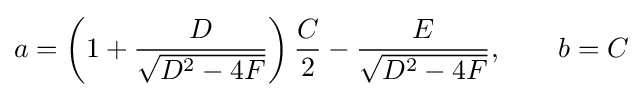
a=\left(1+{\frac {D}{\sqrt {D^{2}-4F}}}\right){\frac {C}{2}}-{\frac {E}{\sqrt {D^{2}-4F}}},\qquad b=C